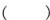
()